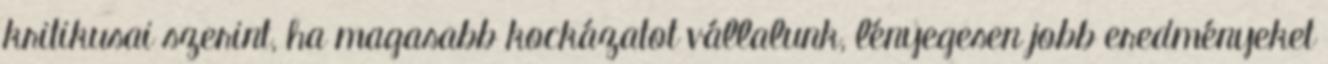
kritikusai szerint, ha magasabb kockázatot vállalunk, lényegesen jobb eredményeket